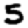
Digit: 5